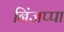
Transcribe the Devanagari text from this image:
निंजप्पा